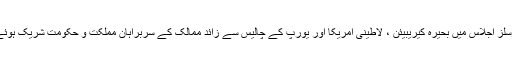
برسلز اجلاس میں بحیرہ کیریبیئن ، لاطینی امریکا اور یورپ کے چالیس سے زائد ممالک کے سربراہان مملکت و حکومت شریک ہوئے۔